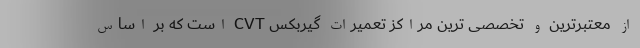
از معتبرترین و تخصصی ترین مراکز تعمیرات گیربکس CVT است که بر اساس